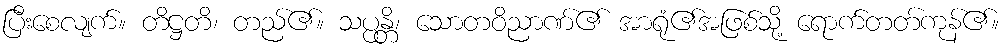
ပြီးစေလျက်။ တိဋ္ဌတိ၊ တည်၏။ သပ္ပန္တိ၊ သောတဝိညာဏ်၏ အာရုံ၏အဖြစ်သို့ ရောက်တတ်ကုန်၏။